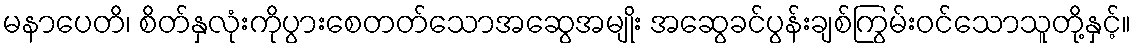
မနာပေတိ၊ စိတ်နှလုံးကိုပွားစေတတ်သောအဆွေအမျိုး အဆွေခင်ပွန်းချစ်ကြွမ်းဝင်သောသူတို့နှင့်။